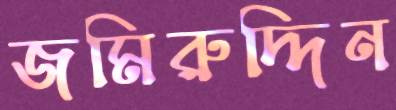
জমিরুদ্দিন